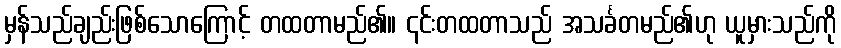
မှန်သည်ချည်းဖြစ်သောကြောင့် တထတာမည်၏။ ၎င်းတထတာသည် အသင်္ခတမည်၏ဟု ယူမှားသည်ကို